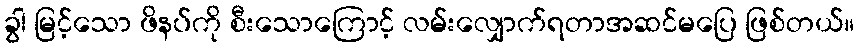
ခွါ မြင့်သော ဖိနပ်ကို စီးသောကြောင့် လမ်းလျှောက်ရတာအဆင်မပြေ ဖြစ်တယ်။